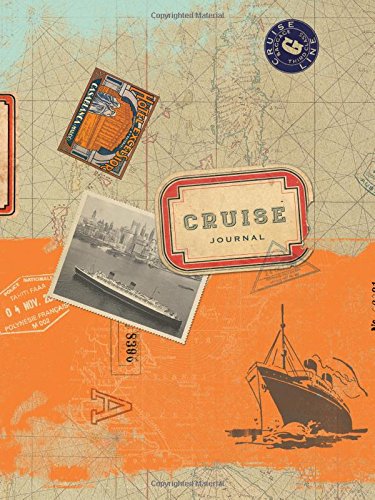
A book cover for The Cruise Journal (Signature Journals); Ellie Claire; Self-Help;